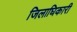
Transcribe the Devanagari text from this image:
जिलाघिकारी